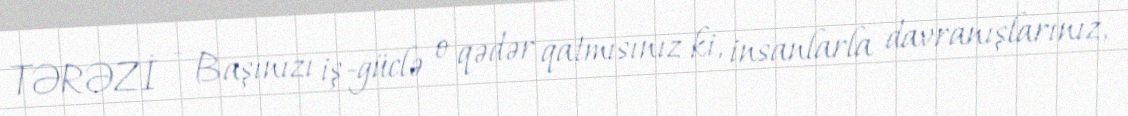
TƏRƏZİ - Başınızı iş-güclə o qədər qatmısınız ki, insanlarla davranışlarınız,